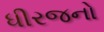
ધીરજનો